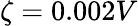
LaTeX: \zeta=0.002V